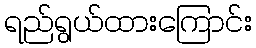
ရည်ရွယ်ထားကြောင်း